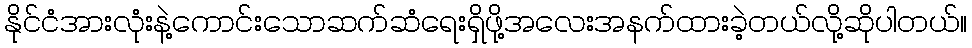
နိုင်ငံအားလုံးနဲ့ကောင်းသောဆက်ဆံရေးရှိဖို့အလေးအနက်ထားခဲ့တယ်လို့ဆိုပါတယ်။